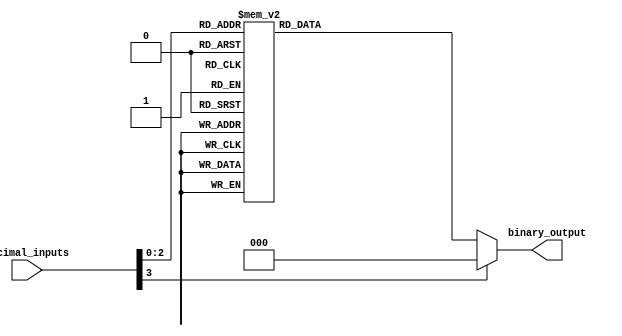
module decimal_priority_encoder(
    input [3:0] decimal_inputs,
    output reg [2:0] binary_output
);

always @(*)
begin
    case(decimal_inputs)
        0: binary_output = 3'b000;
        1: binary_output = 3'b001;
        2: binary_output = 3'b010;
        3: binary_output = 3'b011;
        4: binary_output = 3'b100;
        5: binary_output = 3'b101;
        6: binary_output = 3'b110;
        7: binary_output = 3'b111;
        default: binary_output = 3'b000; // default case if none of the input signals are present
    endcase
end

endmodule